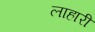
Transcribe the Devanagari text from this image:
लाहारी